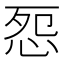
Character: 㤪